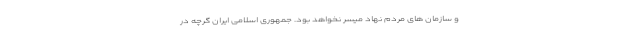
و سازمان های مردم نهاد میسر نخواهد بود. جمهوری اسلامی ایران گرچه در